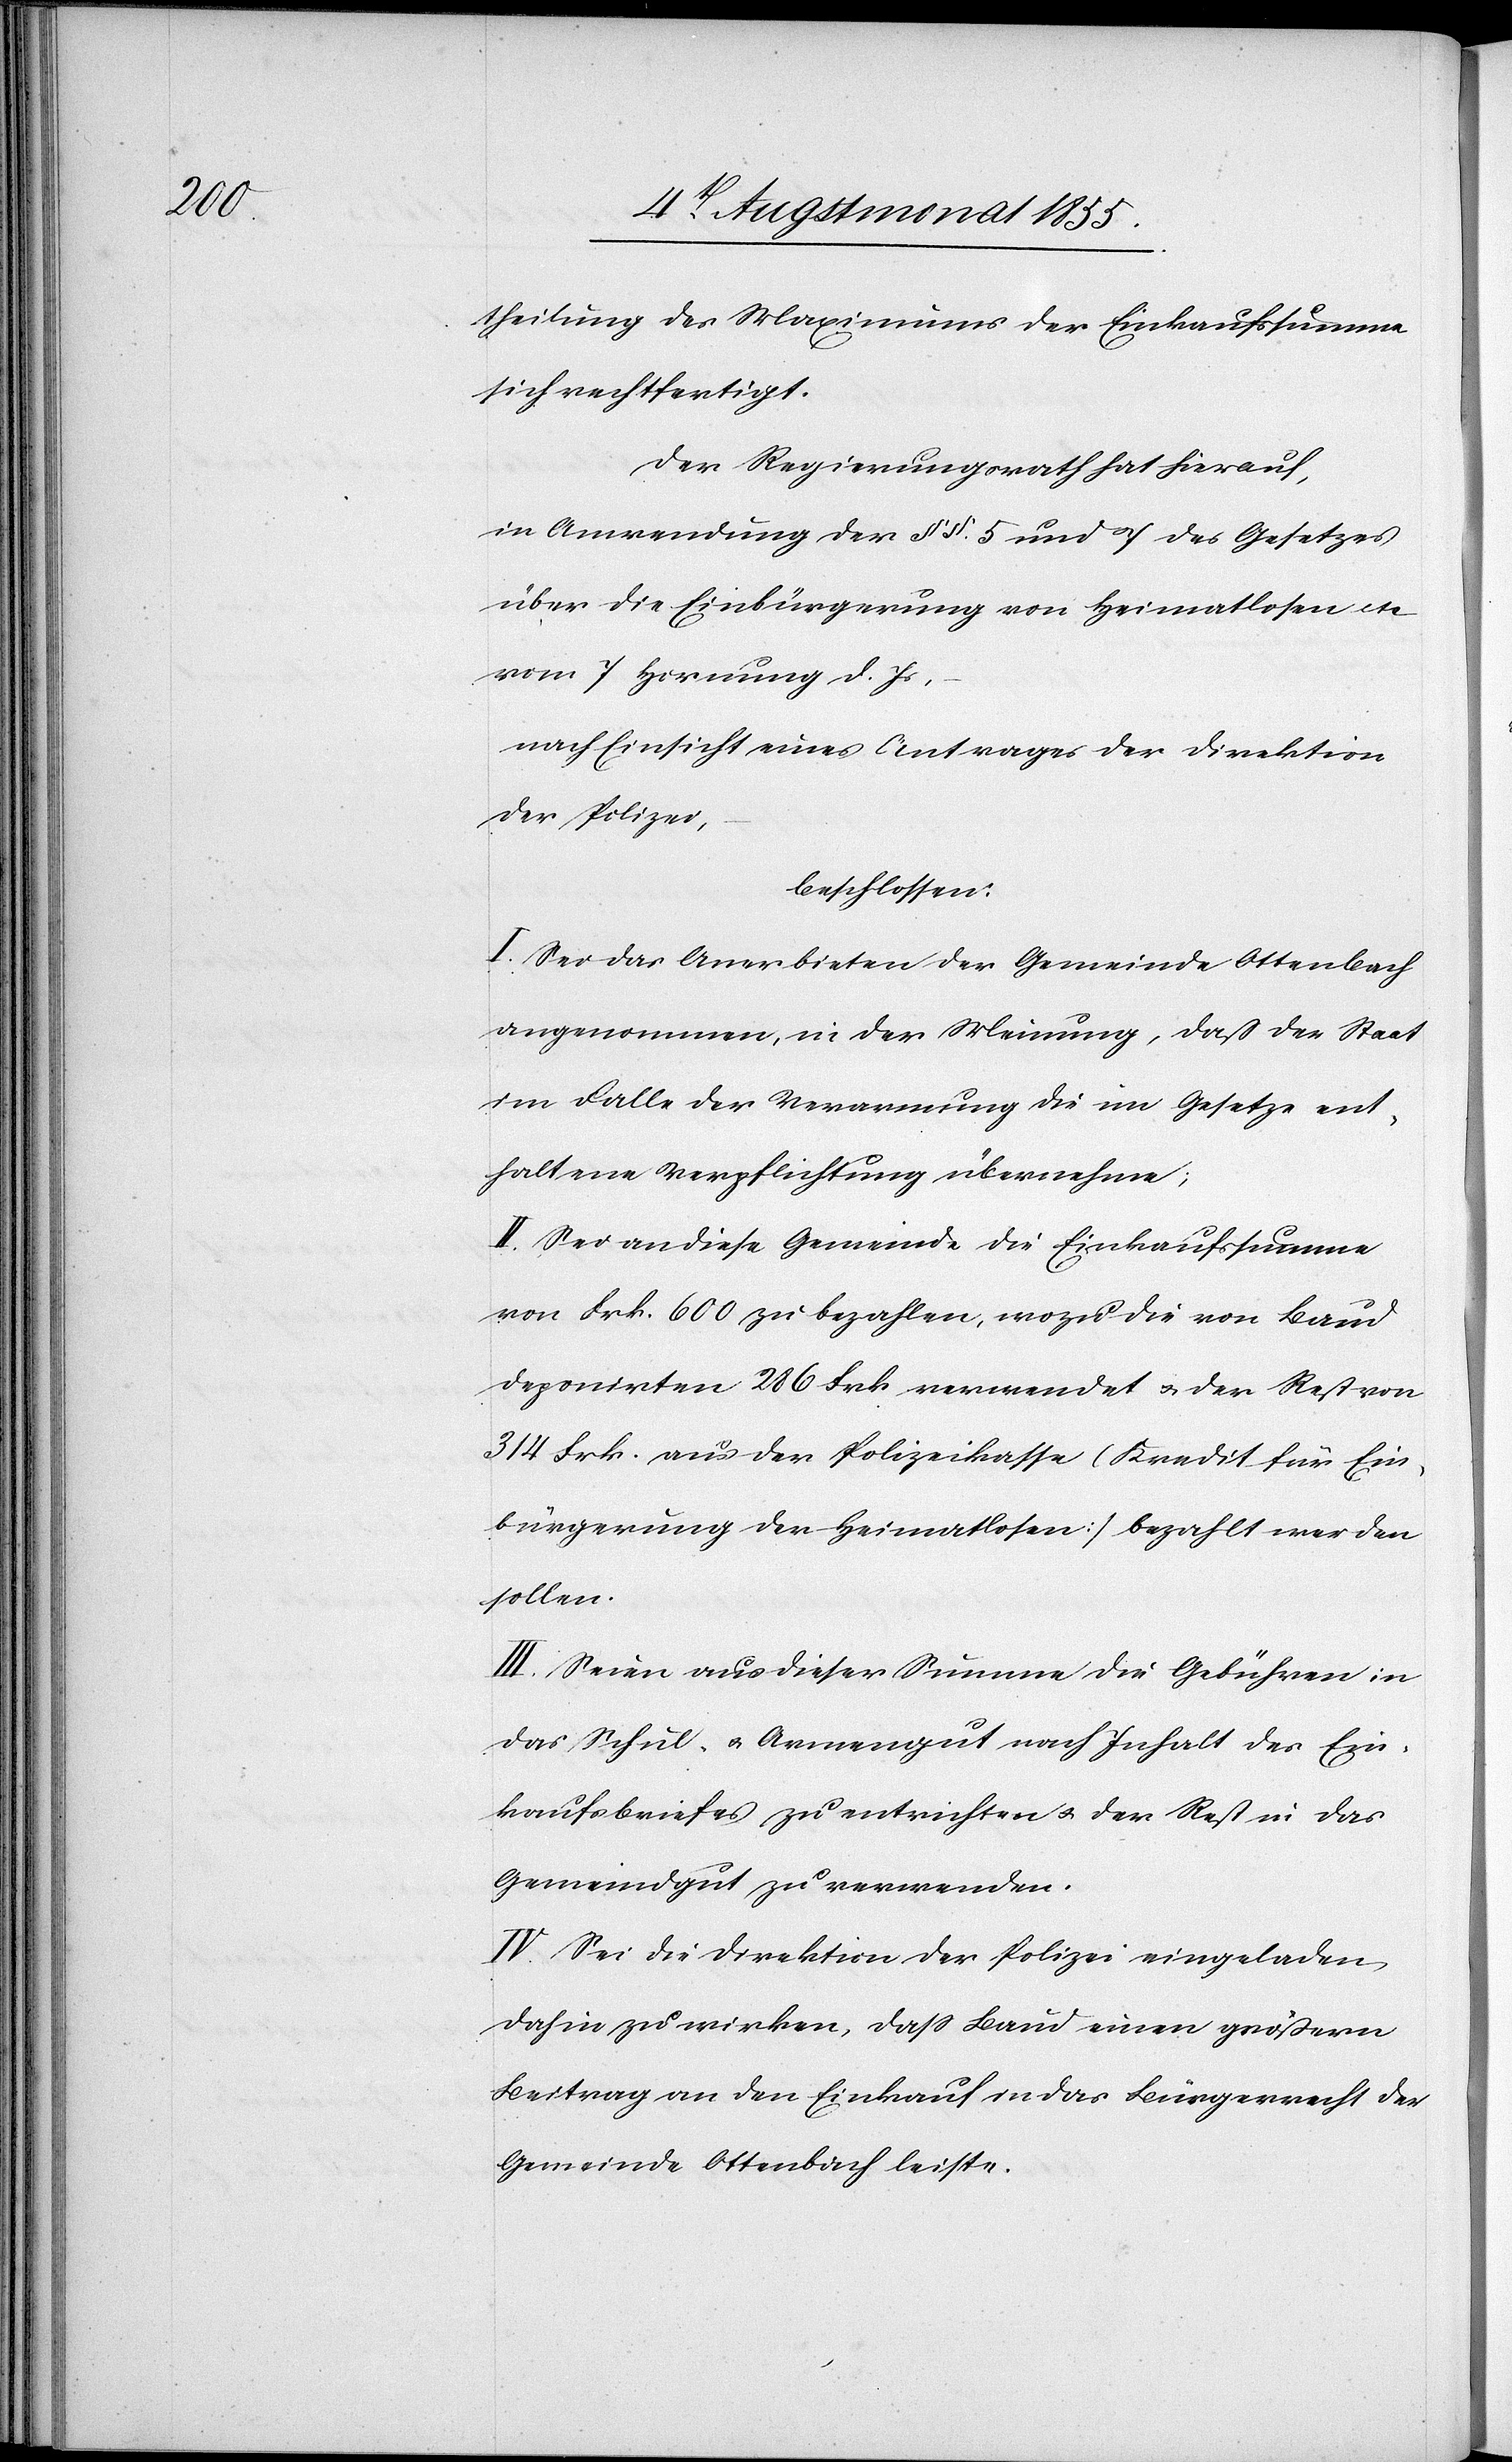
theilung des Maximums der Einkaufssumme
sich rechtfertigt.
Der Regierungsrath hat hierauf,
in Anwendung der §§. 5 und 7 des Gesetzes
über die Einbürgerung von Heimatlosen etc.
vom 7 Hornung d. Js,
nach Einsicht eines Antrages der Direktion
der Polizei,
beschlossen:
I. Sei das Anerbieten der Gemeinde Ottenbach
angenommen, in der Meinung, daß der Staat
im Falle der Verarmung die im Gesetze ent¬
haltene Verpflichtung übernehme;
II. Sei an diese Gemeinde die Einkaufssumme
von Frk. 600 zu bezahlen, wozu die von Baud
deponirten 286 Frk. verwendet & der Rest von
314 Frk. aus der Polizeikasse [Kredit für Ein¬
bürgerung der Heimatlosen] bezahlt werden
sollen.
III. Seien aus dieser Summe die Gebühren in
das Schul- & Armengut nach Inhalt des Ein¬
kaufsbriefes zu entrichten & der Rest in das
Gemeindgut zu verwenden.
IV. Sei die Direktion der Polizei eingeladen
dahin zu wirken, dass Baud einen größern
Beitrag an den Einkauf in das Bürgerrecht der
Gemeinde Ottenbach leiste.